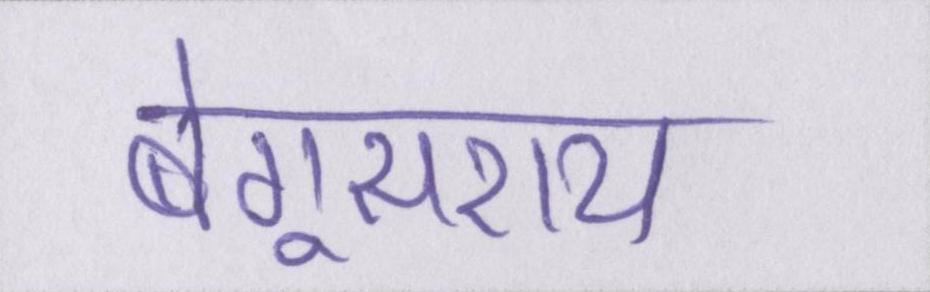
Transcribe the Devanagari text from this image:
बेगूसराय